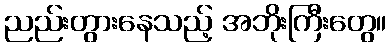
ညည်းတွားနေသည့် အဘိုးကြီးတွေ။